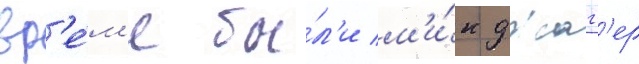
вр'е́м'я бы́л'и м'и́к джагг'ер